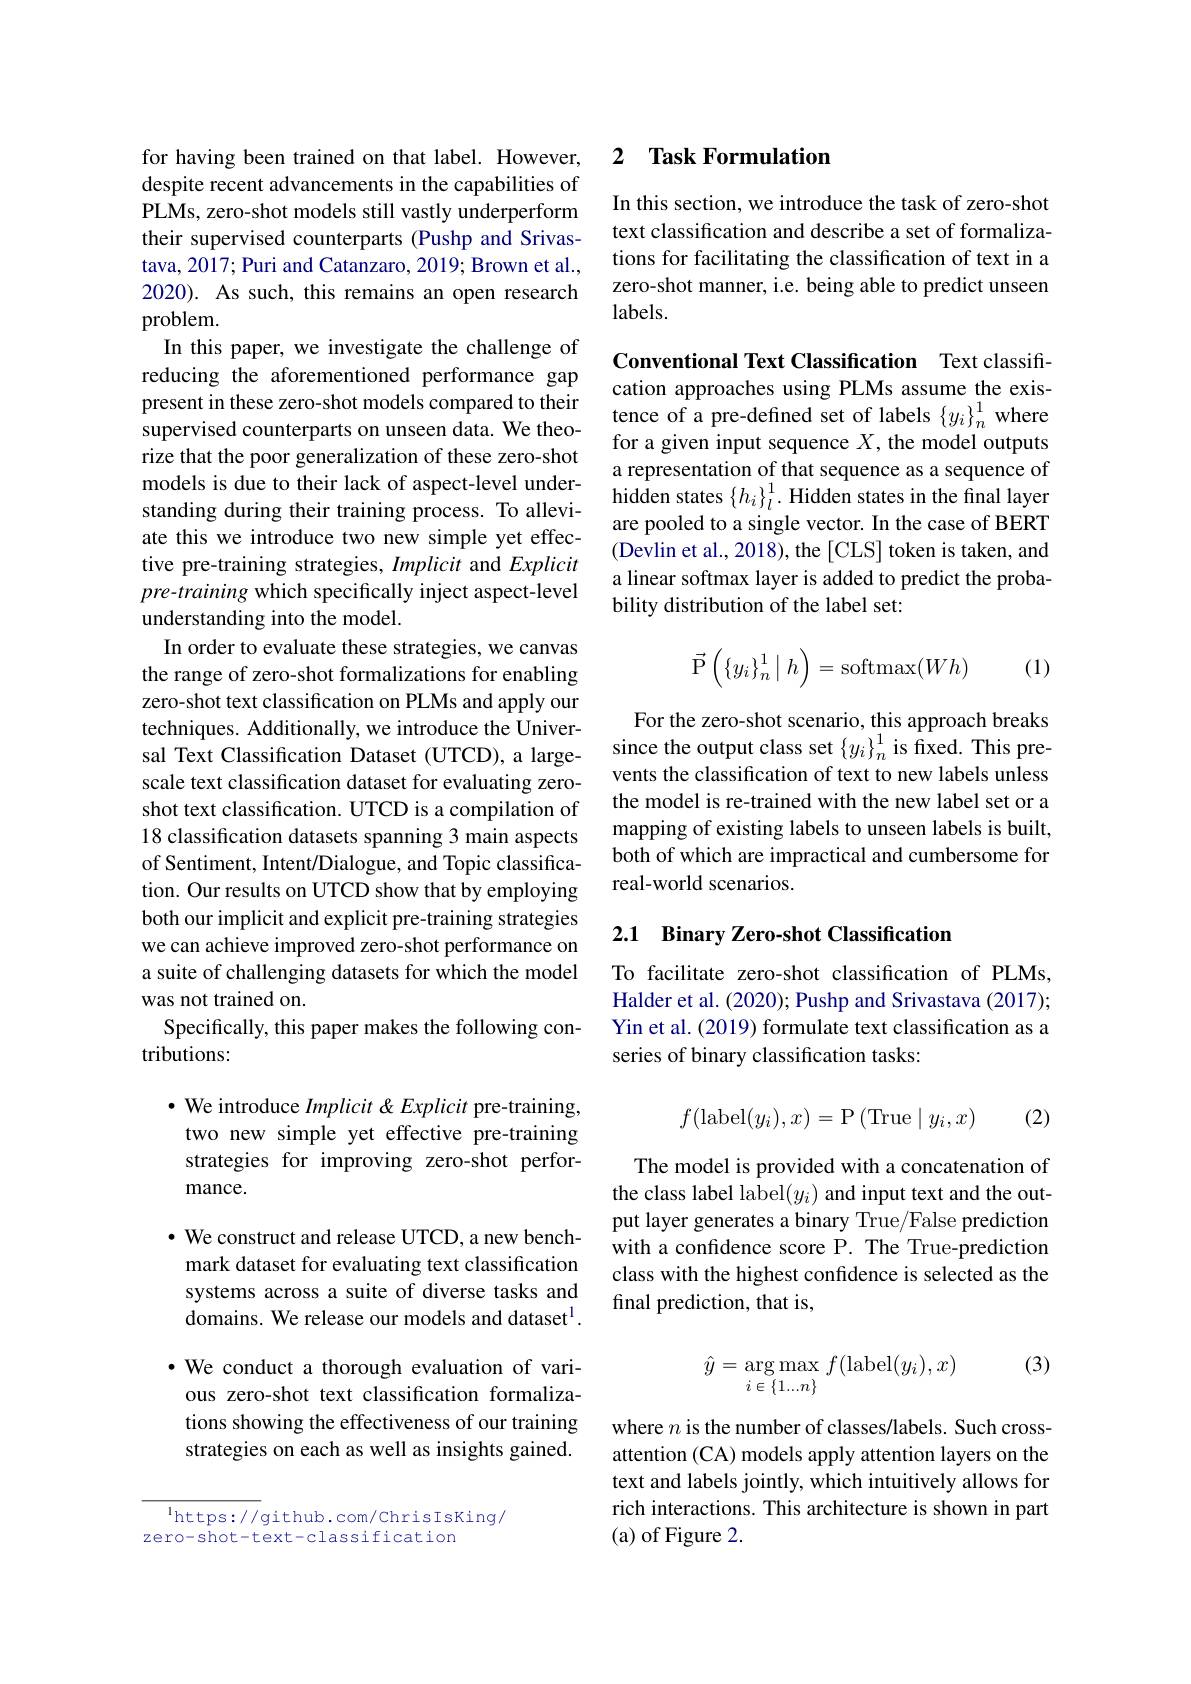
for having been trained on that label. However, despite recent advancements in the capabilities of PLMs, zero-shot models still vastly underperform their supervised counterparts (Pushp and Srivastava, 2017; Puri and Catanzaro, 2019; Brown et al., 2020). As such, this remains an open research problem.
In this paper, we investigate the challenge of reducing the aforementioned performance gap present in these zero-shot models compared to their supervised counterparts on unseen data. We theorize that the poor generalization of these zero-shot models is due to their lack of aspect-level understanding during their training process. To alleviate this we introduce two new simple yet effective pre-training strategies, Implicit and Explicit pre-training which specifically inject aspect-level understanding into the model.
In order to evaluate these strategies, we canvas the range of zero-shot formalizations for enabling zero-shot text classification on PLMs and apply our techniques. Additionally, we introduce the Universal Text Classification Dataset (UTCD), a largescale text classification dataset for evaluating zeroshot text classification. UTCD is a compilation of 18 classification datasets spanning 3 main aspects of Sentiment, Intent/Dialogue, and Topic classification. Our results on UTCD show that by employing both our implicit and explicit pre-training strategies we can achieve improved zero-shot performance on a suite of challenging datasets for which the model was not trained on.
Specifically, this paper makes the following con-
tributions:

$\bullet$ We introduce Implicit &Explicit pre-training, two new simple yet effective pre-training strategies for improving zero-shot performance.

$\bullet$ We construct and release UTCD, a new benchmark dataset for evaluating text classification systems across a suite of diverse tasks and domains. We release our models and dataset$^{1}.$ $\cdot$ We conduct a thorough evaluation of various zero-shot text classification formalizations showing the effectiveness of our training strategies on each as well as insights gained.

$^{\mathrm{l}}$https://github.com/ChrisIsKing/
zero-shot-text-classification

### 2 $\textbf{Task Formulation}$

In this section, we introduce the task of zero-shot text classification and describe a set of formalizations for facilitating the classification of text in a zero-shot manner, i.e. being able to predict unseen labels.

Conventional Text Classification Text classification approaches using PLMs assume the existence of a pre-defined set of labels $\{y_i\}_n^1$ where for a given input sequence $X$, the model outputs a representation of that sequence as a sequence of hidden states $\{h_i\}_l^1.$ Hidden states in the final layer are pooled to a single vector. In the case of BERT (Devlin et al., 2018), the [CLS] token is taken, and a linear softmax layer is added to predict the probability distribution of the label set:
$$\vec{\mathrm{P}}\left(\{y_i\}_n^1\mid h\right)=\mathrm{softmax}(Wh)$$
(1)

For the zero-shot scenario, this approach breaks since the output class set $\{y_i\}_n^1$ is fixed. This prevents the classification of text to new labels unless the model is re-trained with the new label set or a mapping of existing labels to unseen labels is built, both of which are impractical and cumbersome for real-world scenarios.

## 2.1 Binary Zero-shot Classification

To facilitate zero-shot classification of PLMs, Halder et al. (2020); Pushp and Srivastava (2017); Yin et al. (2019) formulate text classification as a series of binary classification tasks:
$$f(\mathrm{label}(y_i),x)=\mathrm{P}\left(\mathrm{True}\mid y_i,x\right)$$
(2)

The model is provided with a concatenation of the class label label$(y_i)$ and input text and the output layer generates a binary True/False prediction with a confidence score P. The True-prediction class with the highest confdence is selected as the final prediction, that is,

(3)
$$\hat{y}=\arg\max_{i\in\{1...n\}}f(\mathrm{label}(y_i),x)$$
where $n$ is the number of classes/labels. Such crossattention (CA) models apply attention layers on the text and labels jointly, which intuitively allows for rich interactions. This architecture is shown in part (a) of Figure 2.